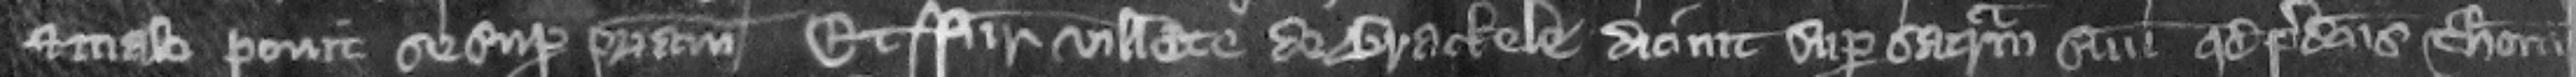
et malo ponit se super patriam Et juratores villate de Brackele dicunt super sacramentum suum quod predictus Thomas